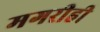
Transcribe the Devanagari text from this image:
मगरीही